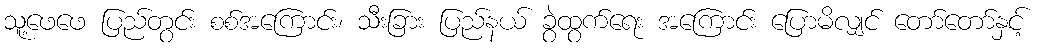
သူ့ဖေဖေ ပြည်တွင်း စစ်အကြောင်း၊ သီးခြား ပြည်နယ် ခွဲထွက်ရေး အကြောင်း ပြောမိလျှင် တော်တော်နှင့်